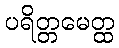
ပရိတ္တမေတ္ထ